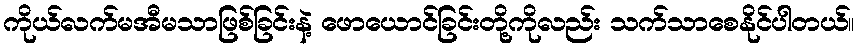
ကိုယ်လက်မအီမသာဖြစ်ခြင်းနဲ့ ဖောယောင်ခြင်းတို့ကိုလည်း သက်သာစေနိုင်ပါတယ်။